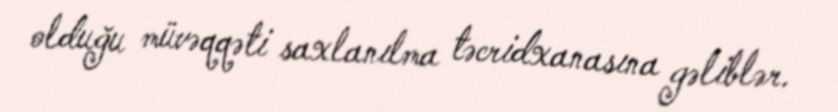
olduğu müvəqqəti saxlanılma təcridxanasına gəliblər.